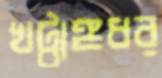
খট্বাঙ্গধর